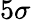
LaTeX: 5\sigma